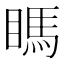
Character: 𥉊